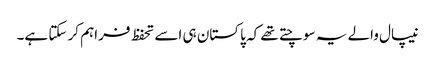
نیپال والے یہ سوچتے تھے کہ پاکستان ہی اسے تحفظ فراہم کر سکتا ہے۔